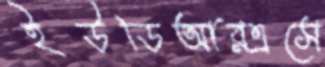
ইউডিআরএসে